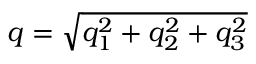
q = \sqrt { q _ { 1 } ^ { 2 } + q _ { 2 } ^ { 2 } + q _ { 3 } ^ { 2 } }